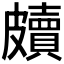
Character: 𥀲